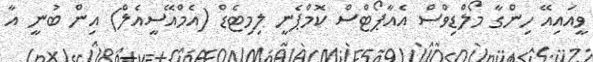
ވީއައިއޭ ހިންގާ މޯލްޑިވްސް އެއާޕޯޓްސް ކޮމްޕެނީ ލިމިޓެޑް (އެމްއޭސީއެލް) އިން ބުނީ އާ